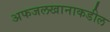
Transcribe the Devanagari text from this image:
अफजलखानाकडील